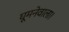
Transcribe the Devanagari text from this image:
घूमनेवाला।